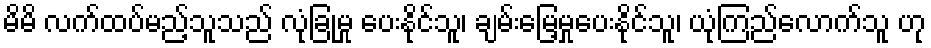
မိမိ လက်ထပ်မည့်သူသည် လုံခြုံမှု ပေးနိုင်သူ၊ ချမ်းမြေ့မှုပေးနိုင်သူ၊ ယုံကြည်လောက်သူ ဟု